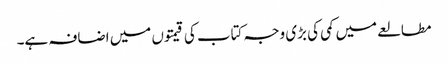
مطالعے میں کمی کی بڑی وجہ کتاب کی قیمتوں میں اضافہ ہے۔